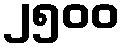
၂၅၀၀